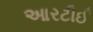
આરટીઈ